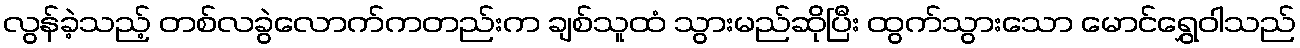
လွန်ခဲ့သည့် တစ်လခွဲလောက်ကတည်းက ချစ်သူထံ သွားမည်ဆိုပြီး ထွက်သွားသော မောင်ရွှေဝါသည်